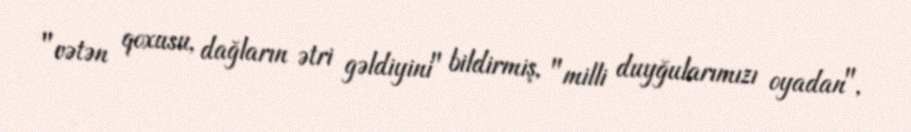
"vətən qoxusu, dağların ətri gəldiyini" bildirmiş, "milli duyğularımızı oyadan",